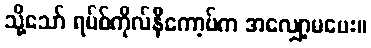
သို့သော် ရပ်စ်ကိုလ်နီကော့ဗ်က အလျှော့မပေး။